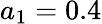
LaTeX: a_{1}=0.4